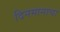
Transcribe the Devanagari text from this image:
दिनमानाचा